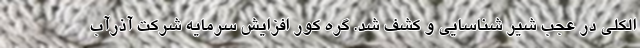
الکلی در عجب شیر شناسایی و کشف شد. گره کور افزایش سرمایه شرکت آذرآب